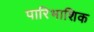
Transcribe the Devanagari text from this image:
पारिभाशिक